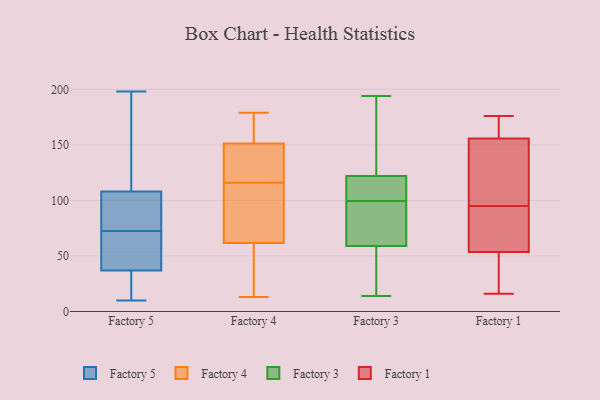
{"axis": {"x": "Net Income (USD K)", "y": "Value"}, "legend": ["Factory 1", "Factory 3", "Factory 4", "Factory 5"], "data": [{"x": "", "y": 108, "type": "Factory 5"}, {"x": "", "y": 177, "type": "Factory 5"}, {"x": "", "y": 22, "type": "Factory 5"}, {"x": "", "y": 10, "type": "Factory 5"}, {"x": "", "y": 185, "type": "Factory 5"}, {"x": "", "y": 49, "type": "Factory 5"}, {"x": "", "y": 60, "type": "Factory 5"}, {"x": "", "y": 14, "type": "Factory 5"}, {"x": "", "y": 198, "type": "Factory 5"}, {"x": "", "y": 37, "type": "Factory 5"}, {"x": "", "y": 86, "type": "Factory 5"}, {"x": "", "y": 60, "type": "Factory 5"}, {"x": "", "y": 93, "type": "Factory 5"}, {"x": "", "y": 85, "type": "Factory 5"}, {"x": "", "y": 179, "type": "Factory 4"}, {"x": "", "y": 146, "type": "Factory 4"}, {"x": "", "y": 156, "type": "Factory 4"}, {"x": "", "y": 78, "type": "Factory 4"}, {"x": "", "y": 84, "type": "Factory 4"}, {"x": "", "y": 32, "type": "Factory 4"}, {"x": "", "y": 168, "type": "Factory 4"}, {"x": "", "y": 13, "type": "Factory 4"}, {"x": "", "y": 38, "type": "Factory 4"}, {"x": "", "y": 144, "type": "Factory 4"}, {"x": "", "y": 61, "type": "Factory 4"}, {"x": "", "y": 64, "type": "Factory 4"}, {"x": "", "y": 153, "type": "Factory 4"}, {"x": "", "y": 141, "type": "Factory 4"}, {"x": "", "y": 116, "type": "Factory 4"}, {"x": "", "y": 14, "type": "Factory 3"}, {"x": "", "y": 159, "type": "Factory 3"}, {"x": "", "y": 82, "type": "Factory 3"}, {"x": "", "y": 122, "type": "Factory 3"}, {"x": "", "y": 36, "type": "Factory 3"}, {"x": "", "y": 92, "type": "Factory 3"}, {"x": "", "y": 194, "type": "Factory 3"}, {"x": "", "y": 120, "type": "Factory 3"}, {"x": "", "y": 59, "type": "Factory 3"}, {"x": "", "y": 107, "type": "Factory 3"}, {"x": "", "y": 60, "type": "Factory 1"}, {"x": "", "y": 127, "type": "Factory 1"}, {"x": "", "y": 21, "type": "Factory 1"}, {"x": "", "y": 168, "type": "Factory 1"}, {"x": "", "y": 91, "type": "Factory 1"}, {"x": "", "y": 153, "type": "Factory 1"}, {"x": "", "y": 95, "type": "Factory 1"}, {"x": "", "y": 71, "type": "Factory 1"}, {"x": "", "y": 164, "type": "Factory 1"}, {"x": "", "y": 96, "type": "Factory 1"}, {"x": "", "y": 176, "type": "Factory 1"}, {"x": "", "y": 91, "type": "Factory 1"}, {"x": "", "y": 170, "type": "Factory 1"}, {"x": "", "y": 117, "type": "Factory 1"}, {"x": "", "y": 28, "type": "Factory 1"}, {"x": "", "y": 34, "type": "Factory 1"}, {"x": "", "y": 16, "type": "Factory 1"}]}